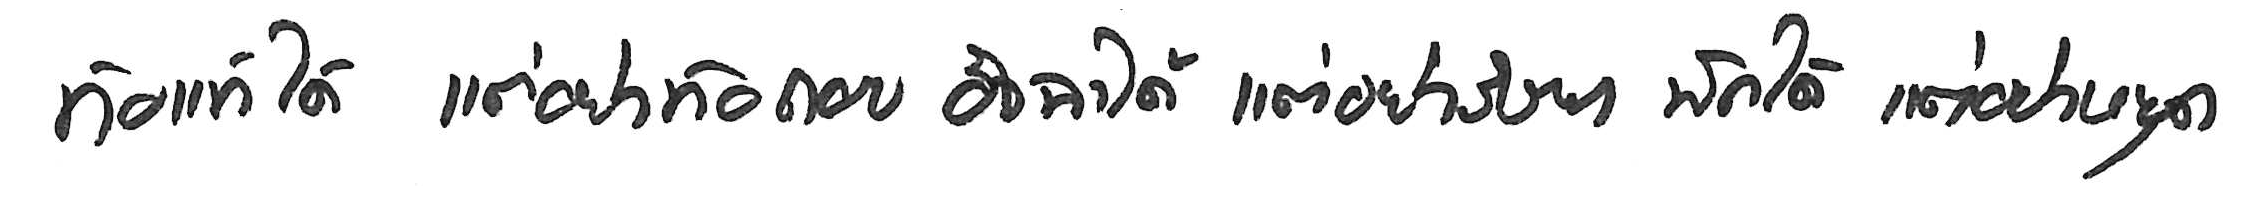
ท้อแท้ได้ แต่อย่าท้อถอย อิจฉาได้ แต่อย่าริษยา พักได้ แต่อย่าหยุด